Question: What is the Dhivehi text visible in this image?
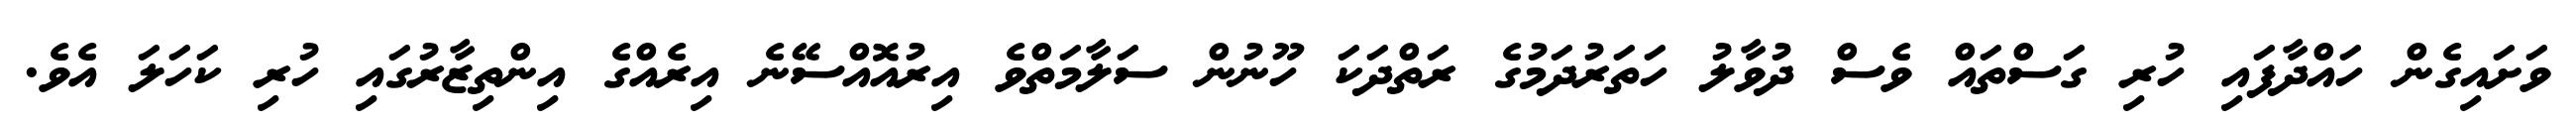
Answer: ވަށައިގެން ހައްދާފައި ހުރި ގަސްތައް ވެސް ދުވާލު ހަތަރުދަމުގެ ރަތްދަކަ ހޫނުން ސަލާމަތްވެ އިރުއޮއްސޭނެ އިރެއްގެ އިންތިޒާރުގައި ހުރި ކަހަލަ އެވެ.